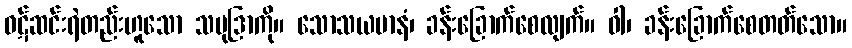
ဝဋ်ဆင်းရဲတည်းဟူသော သမုဒြာကို။ သောသယမာနံ၊ ခန်းခြောက်စေလျက်။ ဝါ၊ ခန်းခြောက်စေတတ်သော။